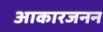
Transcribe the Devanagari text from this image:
आकारजनन